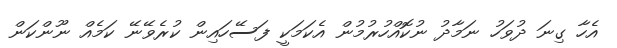
އެހާ ގިނަ ދުވަހު ނަމާދު ނުކޮއްހުރުމުން އެކަމަކީ ފަސޭހައިން ކުރެވޭނޭ ކަމެއް ނޫންކަން